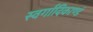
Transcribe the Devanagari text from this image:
स्वर्गादिकाण्डं